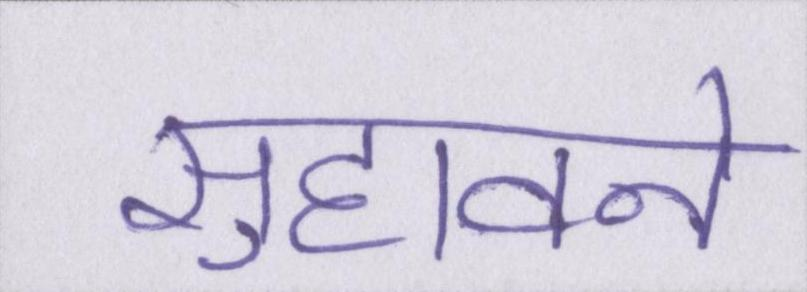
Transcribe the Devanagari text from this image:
सुहावने